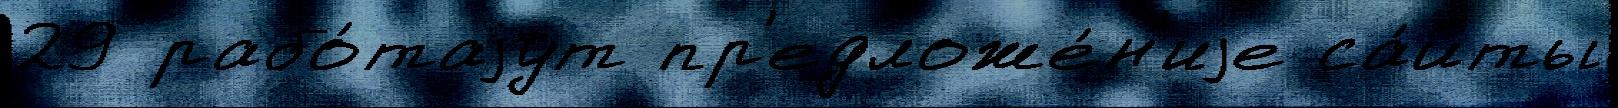
29 рабо́таjут пр'едложе́н'иjе са́йты